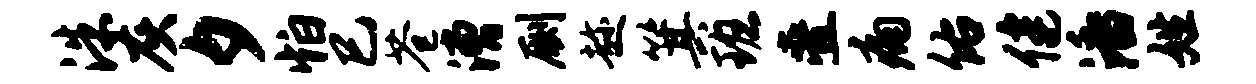
洙灰夕怕巳苍漕劂趁箕班叠痛佑健潘姓